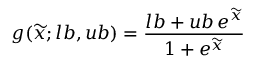
g ( \widetilde { x } ; l b , u b ) = \frac { l b + u b \, e ^ { \widetilde { x } } } { 1 + e ^ { \widetilde { x } } }